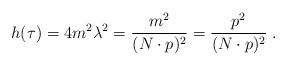
LaTeX: \begin{align*} h (\tau) = 4 m^2 \lambda^2 = \frac{m^2}{(N \cdot p)^2} = \frac{p^2}{(N \cdot p)^2} \; .\end{align*}